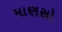
માણસો